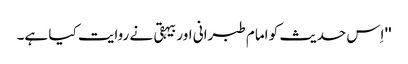
'' اِس حدیث کو امام طبرانی اور بیہقی نے روایت کیا ہے۔